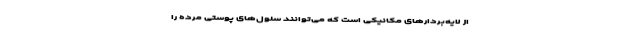
از لایه‌بردارهای مکانیکی است که می‌توانند سلول‌های پوستی مرده را